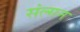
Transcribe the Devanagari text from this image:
संल्गन